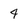
Character: 4